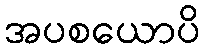
အပစယောပိ